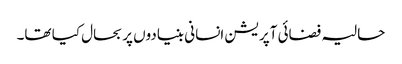
حالیہ فضائی آپریشن انسانی بنیادوں پر بحال کیا تھا۔